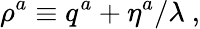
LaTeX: \rho^{a}\equiv q^{a}+\eta^{a}/\lambda~,